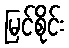
မြင်စိုင်း